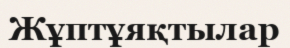
Жұптұяқтылар